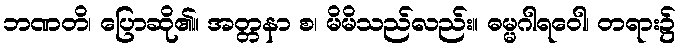
ဘဏတိ၊ ပြောဆို၏။ အတ္တနာ စ၊ မိမိသည်လည်း။ ဓမ္မဂါရဝေါ၊ တရား၌